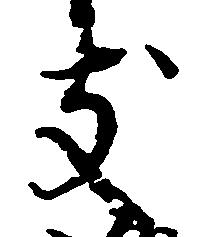
支